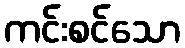
ကင်းစင်သော